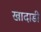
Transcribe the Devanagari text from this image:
खादाडी